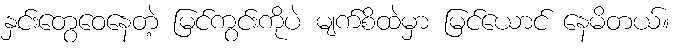
နှင်းတွေဝေနေတဲ့ မြင်ကွင်းကိုပဲ မျက်စိထဲမှာ မြင်ယောင် နေမိတယ်။